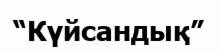
“Күйсандық”